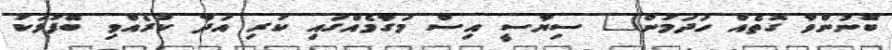
ބޭނުންވާ ގޮތެއް ހަދަމުން" ސިޔާސީ އިސް މަގާމެއްގައި ކުރި އަދާ ކުރެއްވި ބޭފުޅަކު